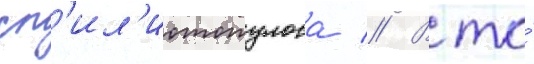
сп'ил'иотопулоса // В то́